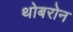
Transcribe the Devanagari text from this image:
थोबरोन